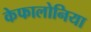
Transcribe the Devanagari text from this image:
केफालोनिया